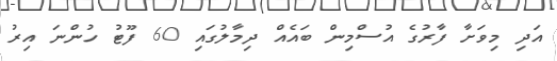
އަދި މިވަށާ ފާރުގެ އުސްމިން ބައެއް ދިމާލުގައި 60 ފޫޓު ހުންނަ އިރު